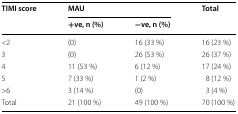
<table><thead><tr><td rowspan="2"><b>TIMI score</b></td><td colspan="2"><b>MAU</b></td><td rowspan="2"><b>Total</b></td></tr><tr><td><b>+ve, n (%)</b></td><td><b>−ve, n (%)</b></td></tr></thead><tbody><tr><td>&lt;2</td><td>(0)</td><td>16 (33 %)</td><td>16 (23 %)</td></tr><tr><td>3</td><td>(0)</td><td>26 (53 %)</td><td>26 (37 %)</td></tr><tr><td>4</td><td>11 (53 %)</td><td>6 (12 %)</td><td>17 (24 %)</td></tr><tr><td>5</td><td>7 (33 %)</td><td>1 (2 %)</td><td>8 (12 %)</td></tr><tr><td>&gt;6</td><td>3 (14 %)</td><td>(0)</td><td>3 (4 %)</td></tr><tr><td>Total</td><td>21 (100 %)</td><td>49 (100 %)</td><td>70 (100 %)</td></tr></tbody></table>